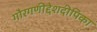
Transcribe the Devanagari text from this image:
गौरगणीद्देशदीपिका